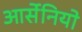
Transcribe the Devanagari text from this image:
आर्सेनियो